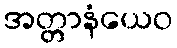
အတ္တာနံယေဝ